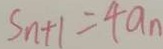
S _ { n + 1 } = 4 a _ { n }